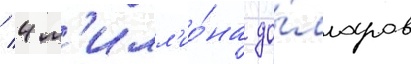
/ 4 м'илл'ио́на до́лларов